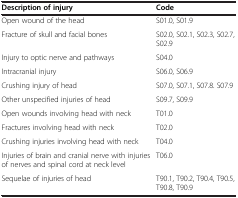
| Description of injury | Code |
 | --- | --- |
 | Open wound of the head | S01.0, S01.9 |
 | Fracture of skull and facial bones | S02.0, S02.1, S02.3, S02.7, S02.9 |
 | Injury to optic nerve and pathways | S04.0 |
 | Intracranial injury | S06.0, S06.9 |
 | Crushing injury of head | S07.0, S07.1, S07.8. S07.9 |
 | Other unspecified injuries of head | S09.7, S09.9 |
 | Open wounds involving head with neck | T01.0 |
 | Fractures involving head with neck | T02.0 |
 | Crushing injuries involving head with neck | T04.0 |
 | Injuries of brain and cranial nerve with injuries of nerves and spinal cord at neck level | T06.0 |
 | Sequelae of injuries of head | T90.1, T90.2, T90.4, T90.5, T90.8, T90.9 |